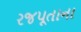
રજપૂતાના